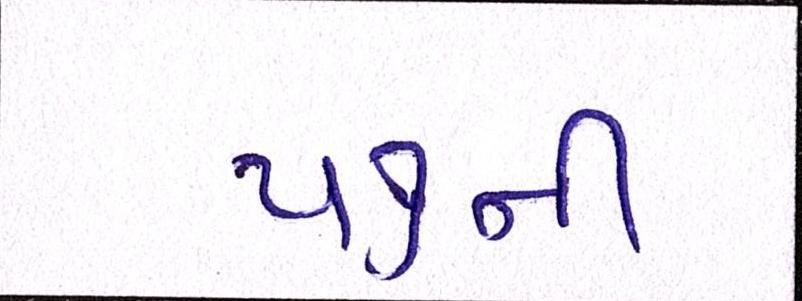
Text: ૫૭ની